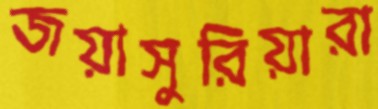
জয়াসুরিয়ারা